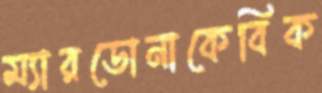
ম্যারডোনাকেবিক